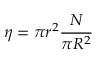
\eta = \pi r ^ { 2 } { \frac { N } { \pi R ^ { 2 } } }